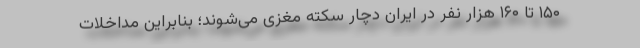
۱۵۰ تا ۱۶۰ هزار نفر در ایران دچار سکته مغزی می‌شوند؛ بنابراین مداخلات